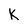
Character: k